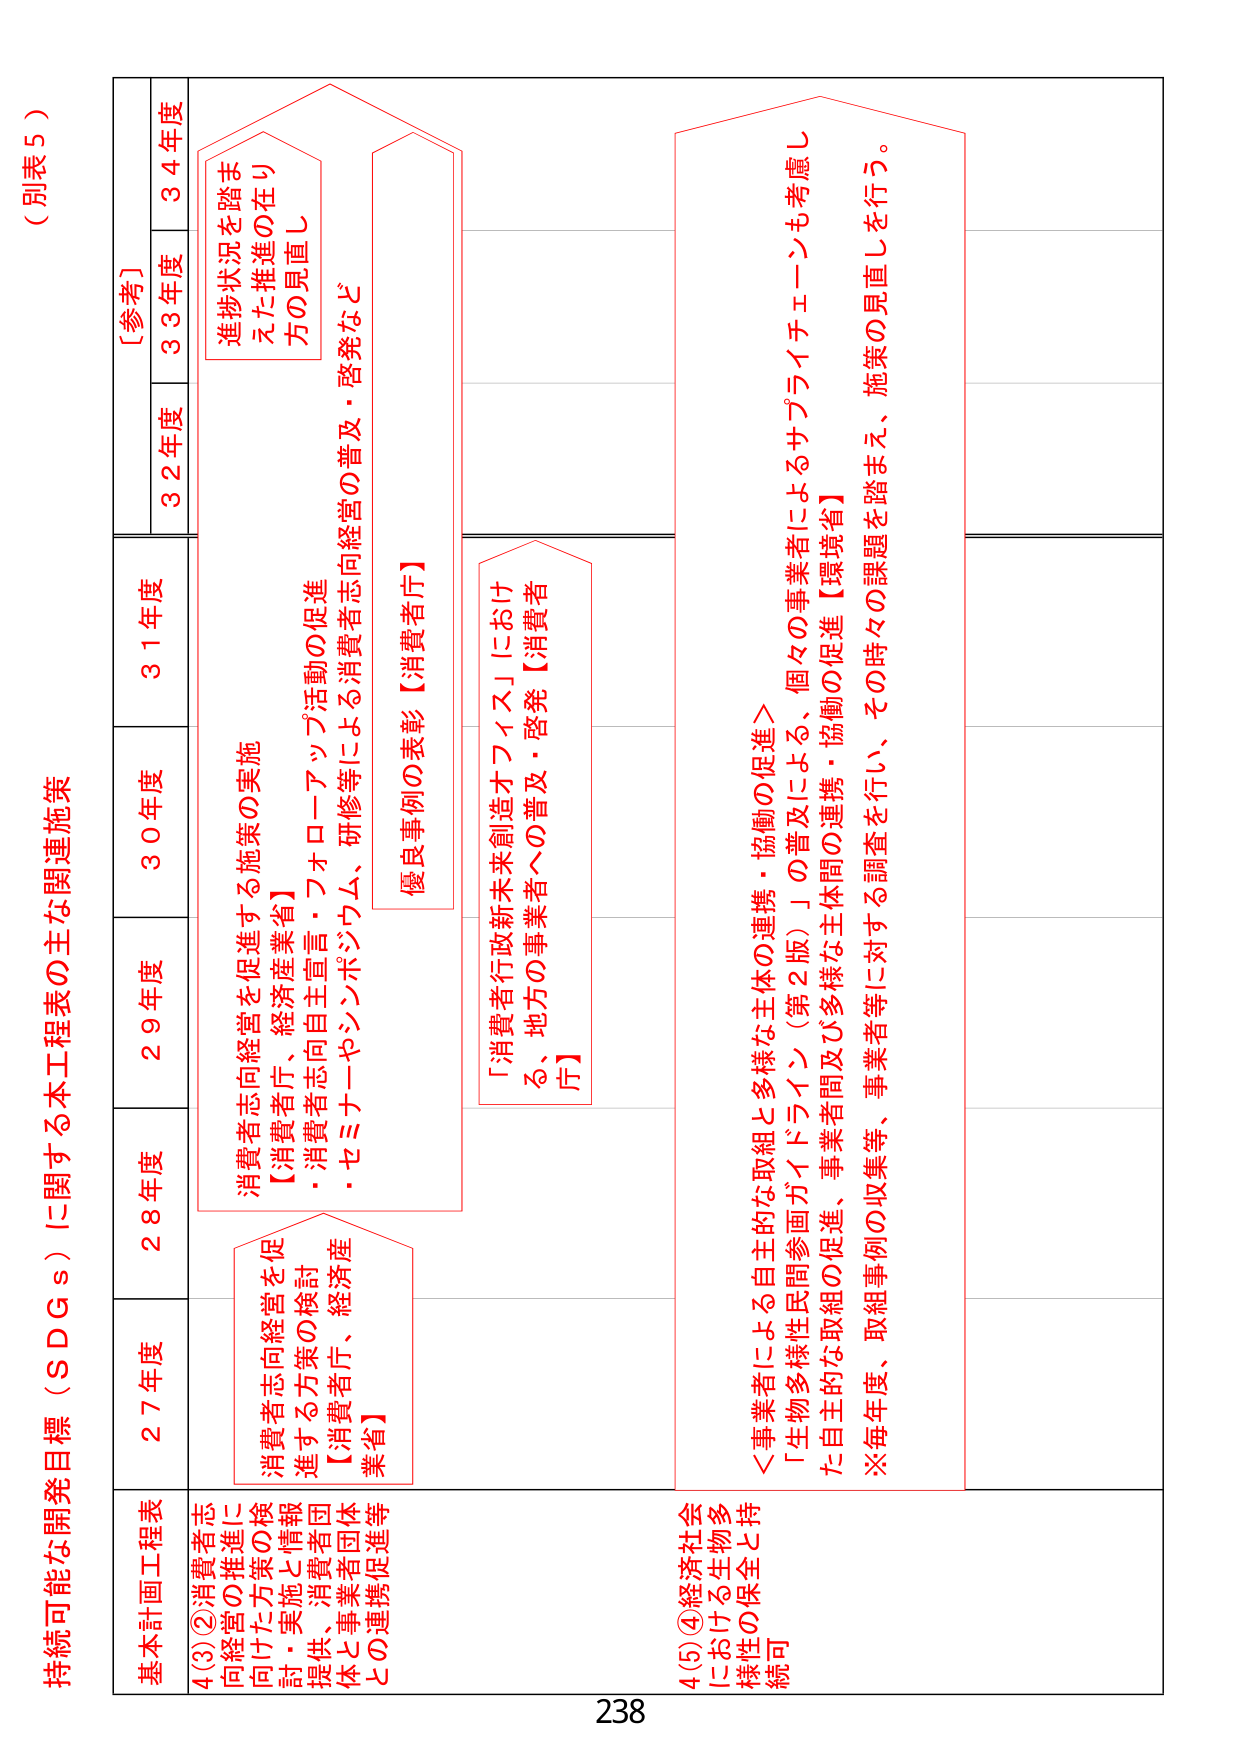
（別表５）

持続可能な開発目標（ＳＤＧｓ）に関する本工程表の主な関連施策

基本計画工程表

4(3)②消費者志向経営の推進に向けた方策の検討・実施と情報提供、消費者団体と事業者団体との連携促進等

27年度
消費者志向経営を促進する方策の検討
【消費者庁、経済産業省】

28年度
消費者志向経営を促進する施策の実施
【消費者庁、経済産業省】
・消費者志向自主宣言・フォローアップ活動の促進
・セミナーやシンポジウム、研修等による消費者志向経営の普及・啓発など

29年度

30年度

31年度
優良事例の表彰【消費者庁】

32年度

33年度

34年度
進捗状況を踏まえた推進の在り方の見直し

4(5)④経済社会における生物多様性の保全と持続可

＜事業者による自主的な取組と多様な主体の連携・協働の促進＞
「生物多様性民間参画ガイドライン（第2版）」の普及による、個々の事業者によるサプライチェーンも考慮した自主的な取組の促進、事業者間及び多様な主体間の連携・協働の促進【環境省】
※毎年度、取組事例の収集等、事業者等に対する調査を行い、その時々の課題を踏まえ、施策の見直しを行う。

［参考］

238